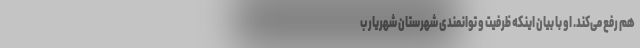
هم رفع می‌کند. او با بیان اینکه ظرفیت و توانمندی شهرستان شهریار ب